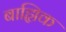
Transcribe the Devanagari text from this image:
बाह्यिक